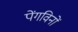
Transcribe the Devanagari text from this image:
पेंगविनों